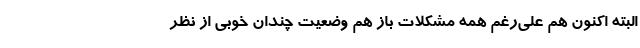
البته اکنون هم علی‌رغم همه مشکلات باز هم وضعیت چندان خوبی از نظر